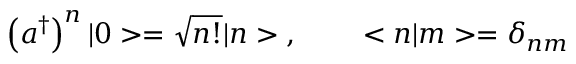
\left( a ^ { \dagger } \right) ^ { n } | 0 > = \sqrt { n ! } | n > \; , \; \; \; \; \; \; \; \; < n | m > = \delta _ { n m }